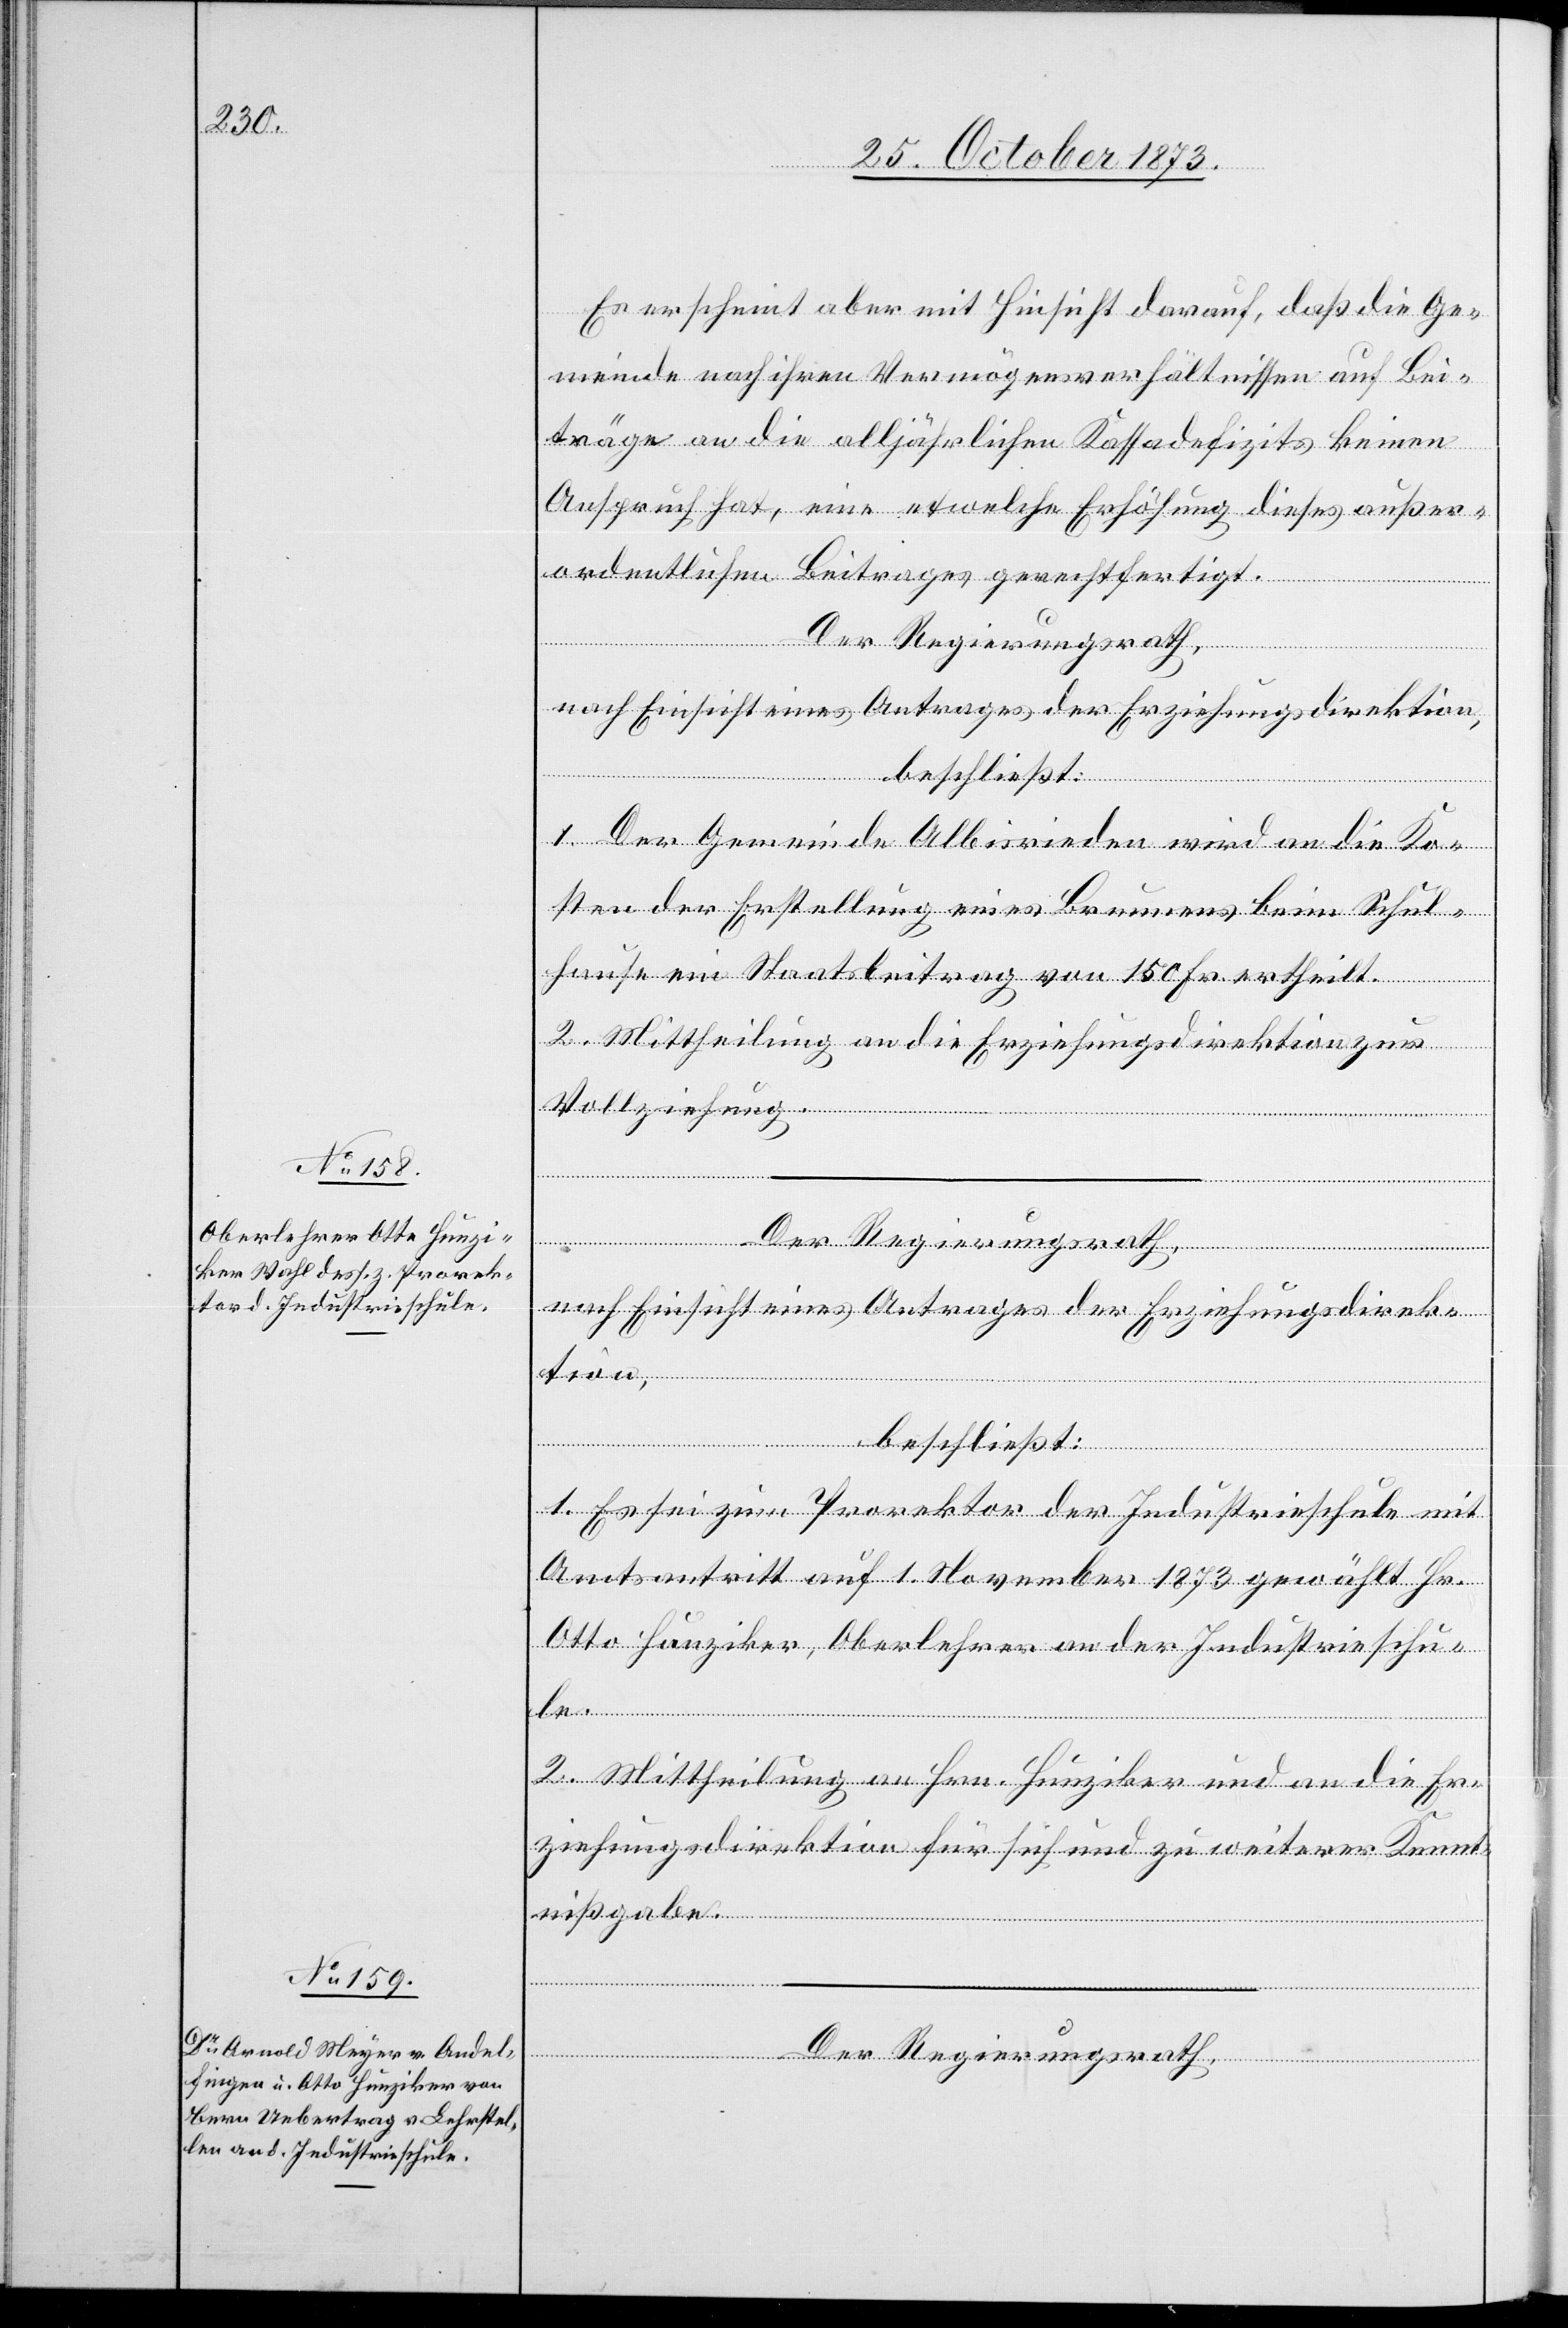
Es erscheint aber mit Hinsicht darauf, daß die Ge¬
meinde nach ihren Vermögensverhältnissen auf Bei¬
träge an die alljährlichen Kassadefizits keinen
Anspruch hat, eine etwelche Erhöhung dieses außer¬
ordentlichen Beitrages gerechtfertigt.
Der Regierungsrath,
nach Einsicht eines Antrages der Erziehungsdirektion,
beschließt:
1. Der Gemeinde Albisrieden wird an die Ko¬
sten der Erstellung eines Brunnens beim Schul¬
hause ein Staatsbeitrag von 150 Fr. ertheilt.
2. Mittheilung an die Erziehungsdirektion zur
Vollziehung.
1. Es sei zum Prorektor der Industrieschule mit
Amtsantritt auf 1. November 1873 gewählt Hr.
Otto Hunziker, Oberlehrer an der Industrieschu¬
le.
2. Mittheilung an Hrn. Hunziker und an die Er¬
ziehungsdirektion für sich und zu weiterer Kennt¬
nißgabe.